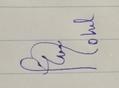
Signature authenticity: forged